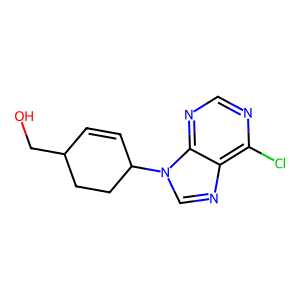
SMILES: OCC1C=CC(n2cnc3c(Cl)ncnc32)CC1
Inhibits HIV replication: No